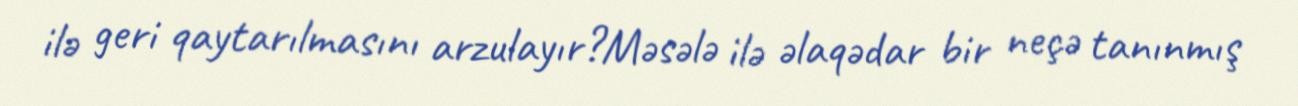
ilə geri qaytarılmasını arzulayır?Məsələ ilə əlaqədar bir neçə tanınmış